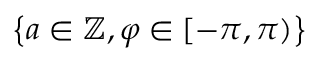
{ \left\{ a \in \mathbb Z , \varphi \in [ - \pi , \pi ) \right\} }